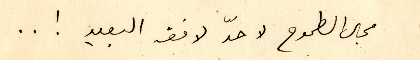
مجال الطموح لا حدّ لافقه البعيد ! ..